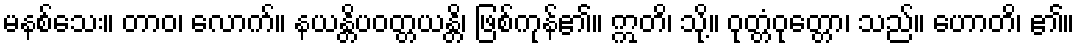
မနစ်သေး။ တာဝ၊ လောက်။ နယန္တိပဝတ္တယန္တိ၊ ဖြစ်ကုန်၏။ ဣတိ၊ သို့။ ဝုတ္တံဝုတ္တော၊ သည်။ ဟောတိ၊ ၏။